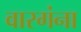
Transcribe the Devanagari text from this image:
वारगंना